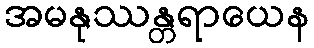
အမနုဿန္တရာယေန